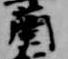
蘭